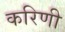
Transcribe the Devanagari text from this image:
करिणी